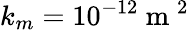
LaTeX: k_{m}=10^{-12}\mathrm{~m~}^{2}